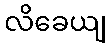
လိခေယျ